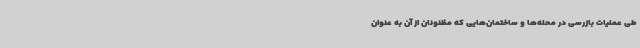
طی عملیات بازرسی در محله‌ها و ساختمان‌هایی که مظنونان از آن به عنوان